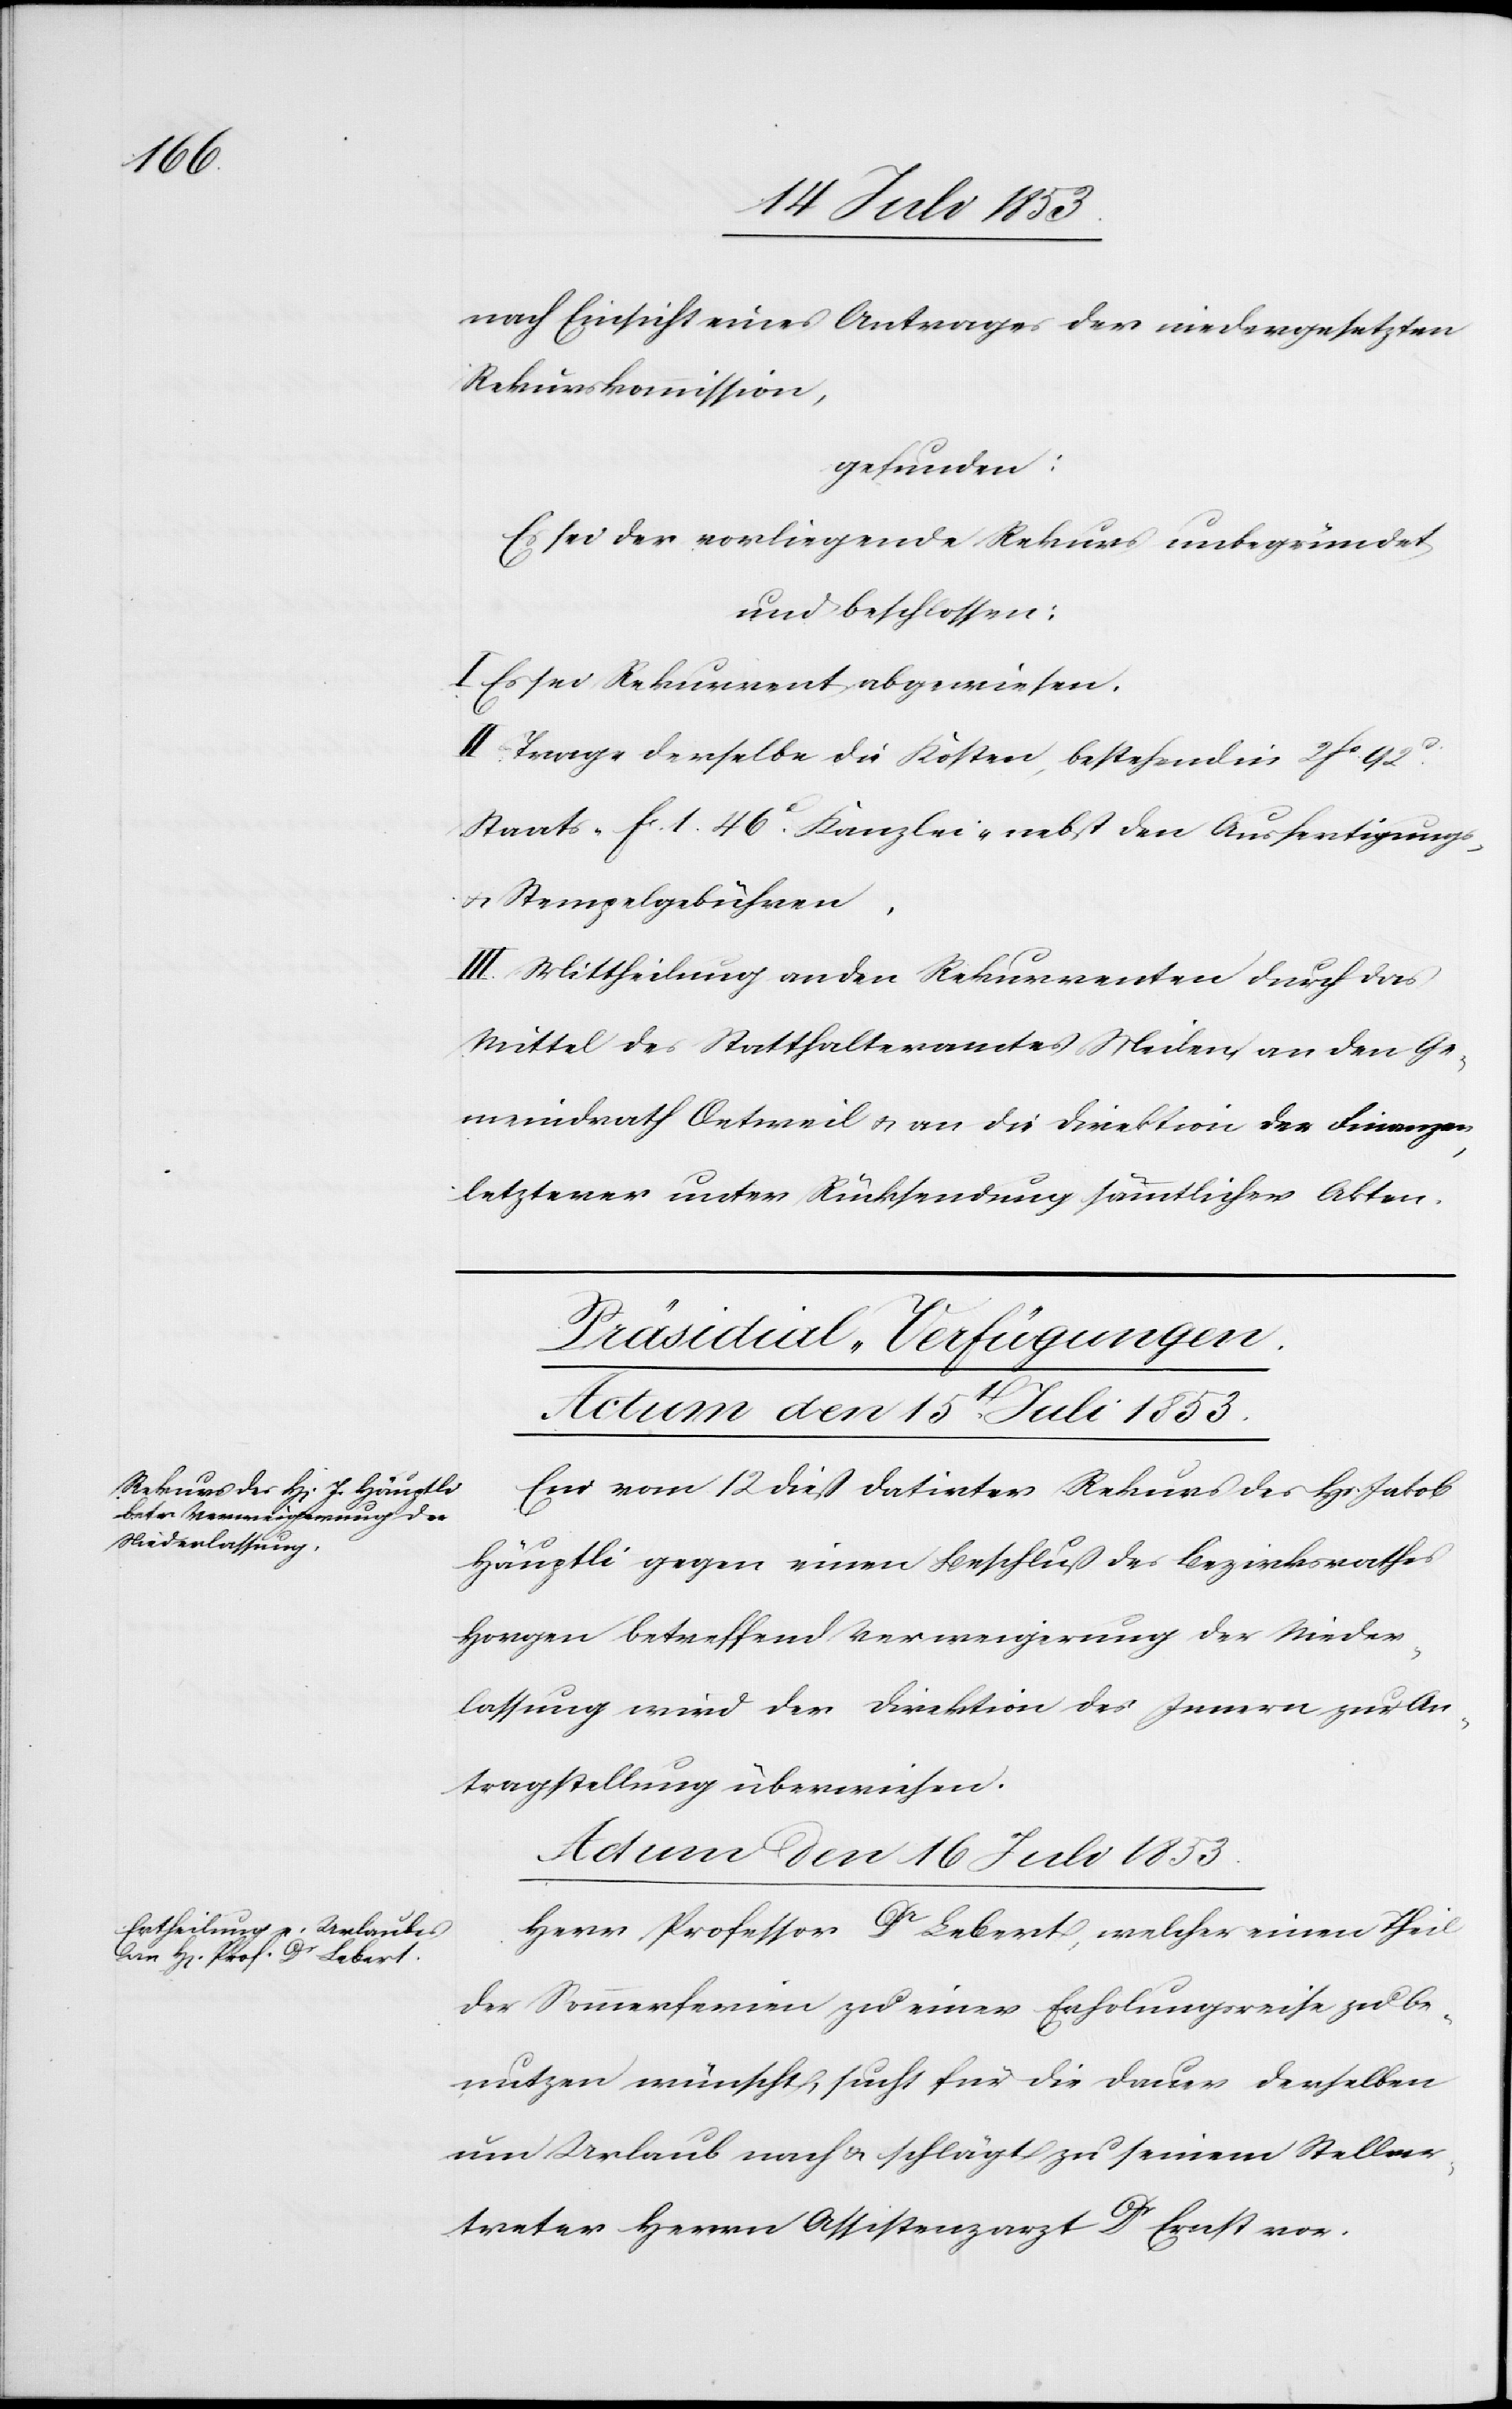
nach Einsicht eines Antrages der niedergesetzten
Rekurskommission,
gefunden:
Es sei der vorliegende Rekurs unbegründet
und beschlossen:
I. Es sei Rekurrent abgewiesen.
II. Trage derselbe die Kosten, bestehend in 2 fc 92c
Staats- fc 1.46c Kanzlei- nebst den Ausfertigungs-
u. Stempelgebühren.
III. Mittheilung an den Rekurrenten durch das
Mittel des Statthalteramtes Meilen an den Ge¬
meindrath Oetweil u. an die Direktion der Finanzen,
letzterer unter Rücksendung sämmtlicher Akten.
[Präsidial-Verfügungen.]
Actum den 15t[en] Juli 1853
Ein vom 12 dieß datirter Rekurs des Hs. Jakob
Häuptli gegen einen Beschluß des Bezirksrathes
Horgen betreffend Verweigerung der Nieder¬
lassung wird der Direktion der Finanzen zur An¬
tragstellung überwiesen.
Actum den 16 Juli 1853.
Herr Professor Dr Lebert, welcher einen Theil
der Sommerferien zu einer Erholungsreise zu be¬
nutzen wünsche, sucht für die Dauer derselben
um Urlaub nach u. schlägt zu seinem Stellver¬
treter Herrn Assistenzarzt Dr Ernst vor.